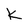
Character: K